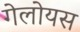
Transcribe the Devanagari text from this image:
गेलोयस